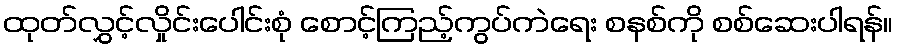
ထုတ်လွှင့်လှိုင်းပေါင်းစုံ စောင့်ကြည့်ကွပ်ကဲရေး စနစ်ကို စစ်ဆေးပါရန်။